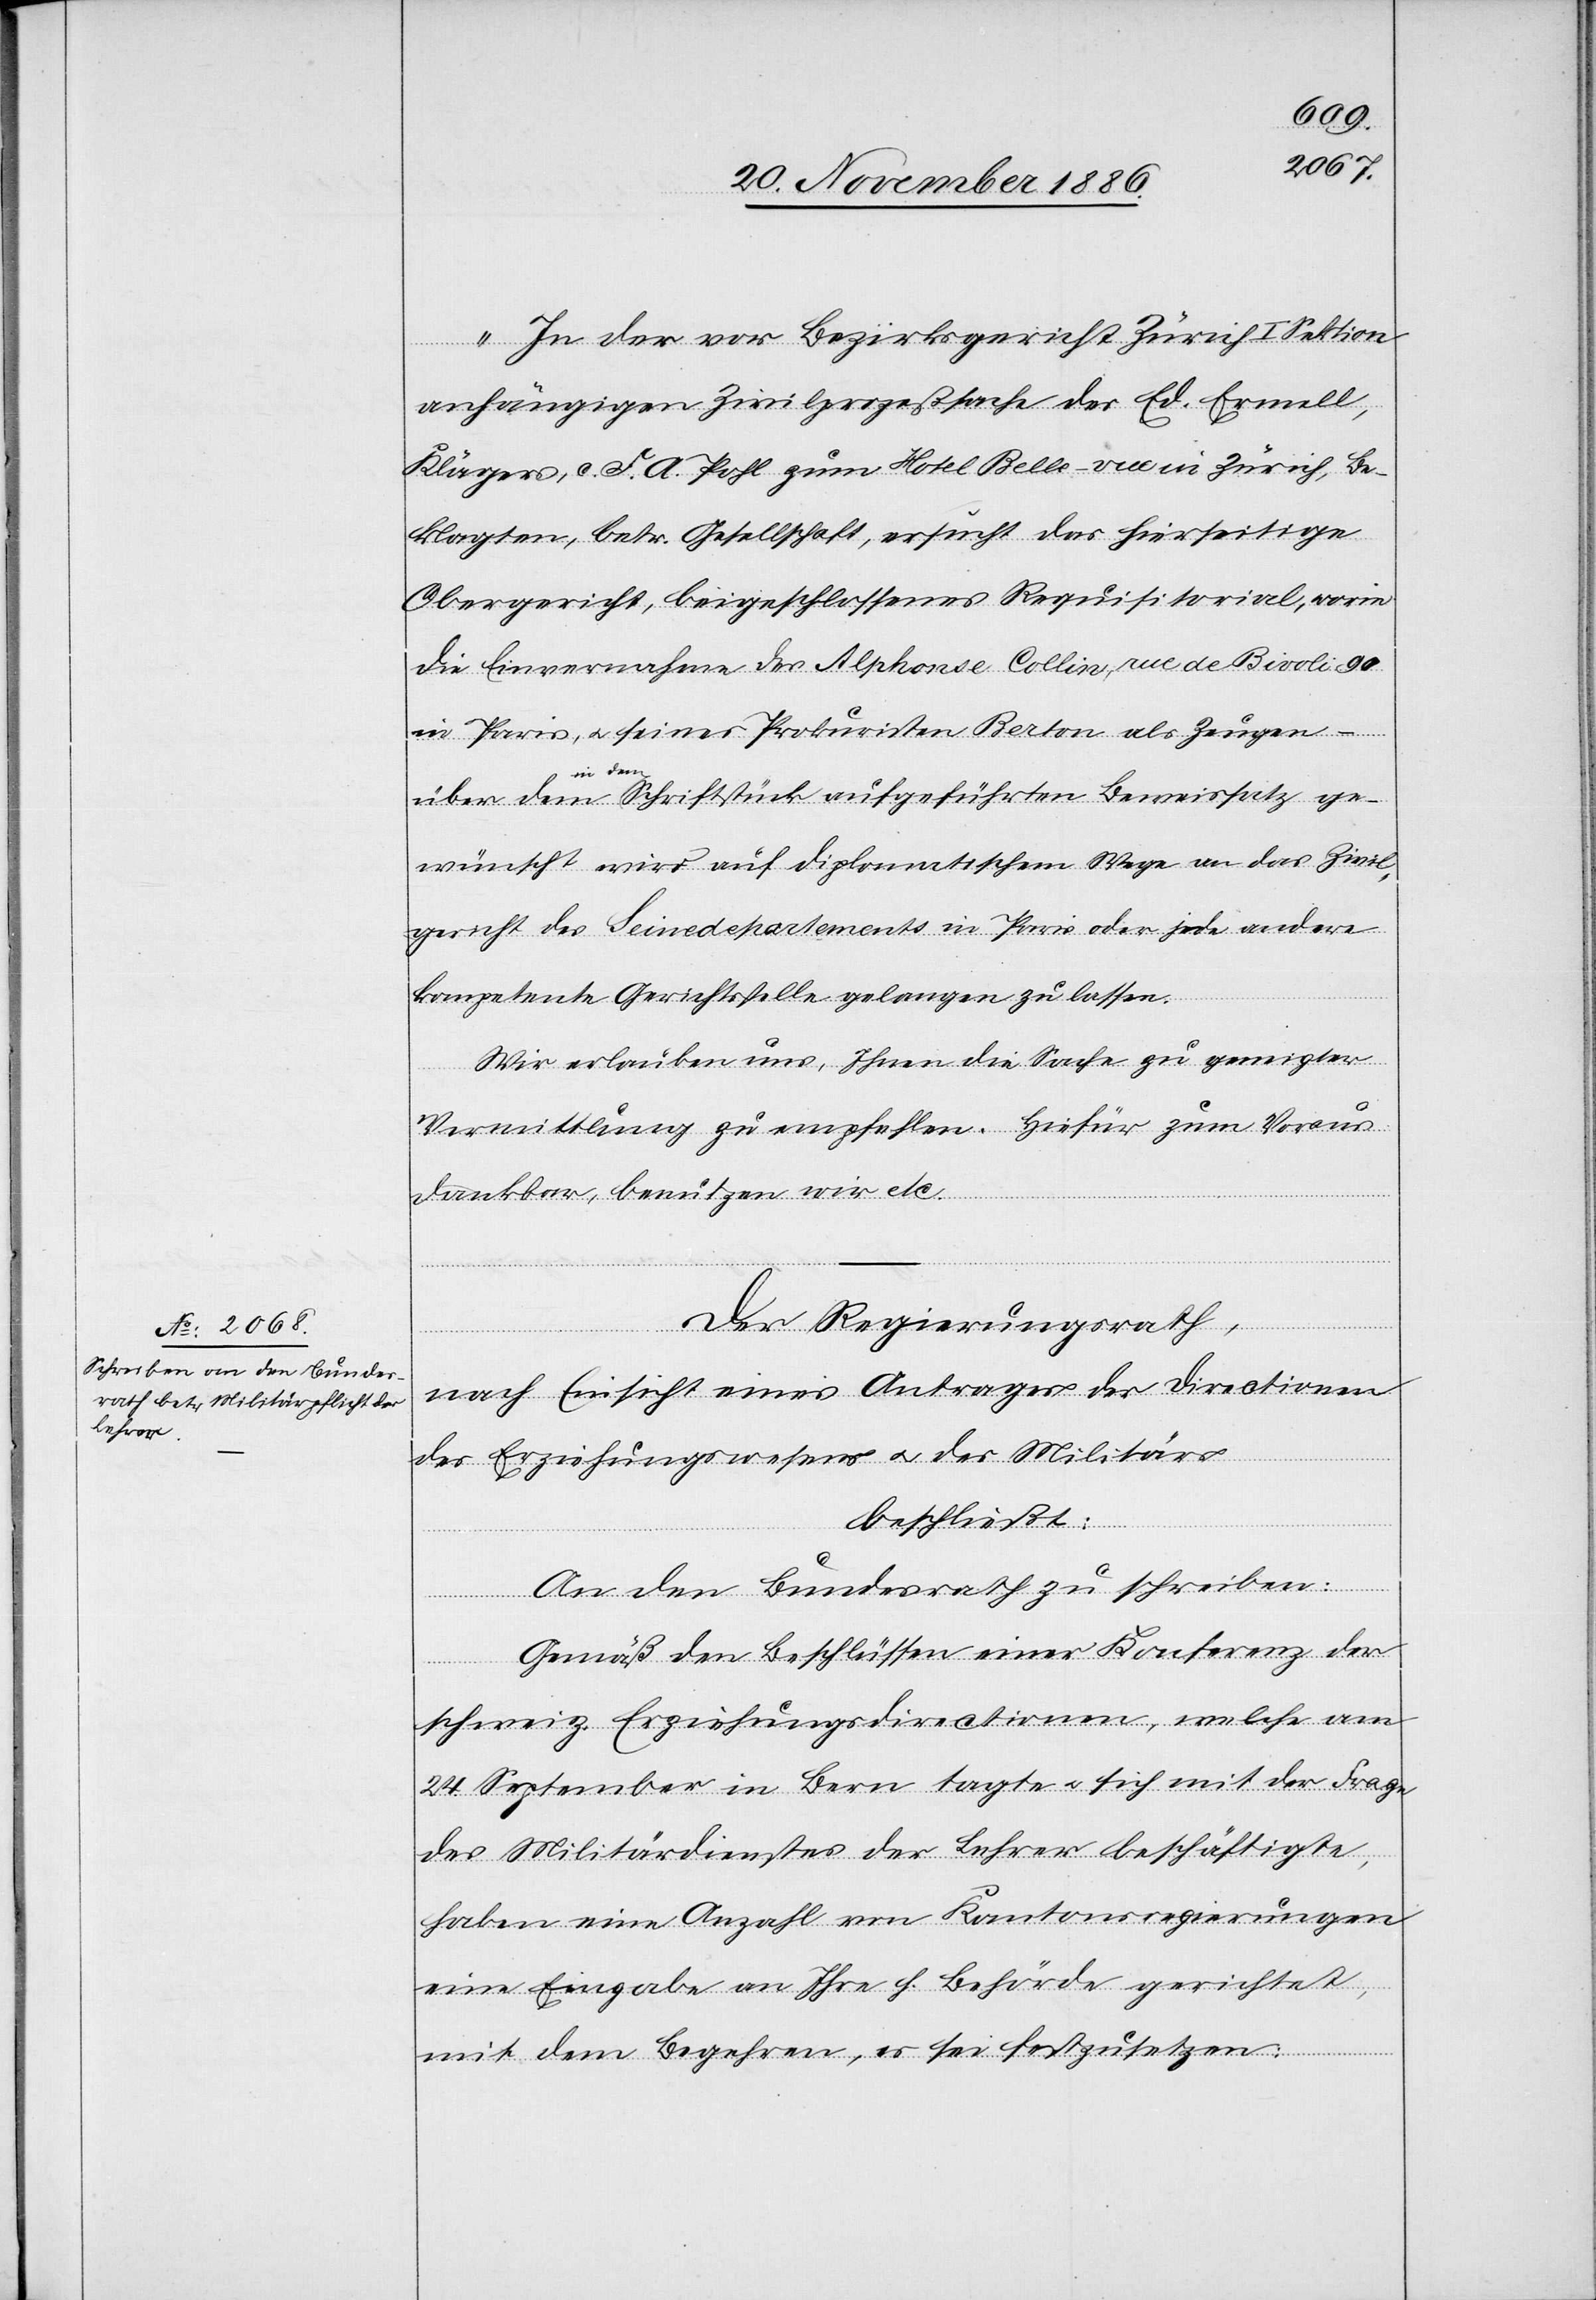
„In der vor Bezirksgericht Zürich I Sektion
anhängigen Zivilprozeßsache des Ed. Ermell,
Klägers, c. F. A. Pohl zum Hotel Belle-Vue in Zürich, Be¬
klagten, betr. Gesellschaft, ersucht das hierseitige
Obergericht, beigeschlossenes Requisitorial, worin
die Einvernahme des Alphonse Collin, rue de Bivoli 90
in Paris, & seines Prokuristen Berton als Zeugen
in dem
Schriftstück aufgeführten Beweissatz ge¬
über dem
wünscht wird [sic!] auf diplomatischem Wege an das Zivil¬
gericht des Seinedepartements in Paris oder jede andere
kompetente Gerichtsstelle gelangen zu lassen.
Wir erlauben uns, Ihnen die Sache zu geneigter
Vermittlung zu empfehlen. Hiefür zum Voraus
dankbar, benützen wir etc.“
Der Regierungsrath,
–
nach Einsicht eines Antrages der Directionen
des Erziehungswesens & des Militärs
beschließt:
An den Bundesrath zu schreiben:
„Gemäß den Beschlüssen einer Konferenz der
schweiz. Erziehungsdirectionen, welche am
24. September in Bern tagte & sich mit der Frage
des Militärdienstes der Lehrer beschäftigte,
haben eine Anzahl von Kantonsregierungen
eine Eingabe an Ihre h. Behörde gerichtet,
mit dem Begehren, es sei festzusetzen: